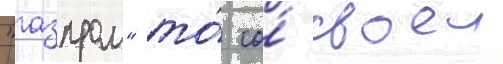
"газпром" то́ со́ своеи